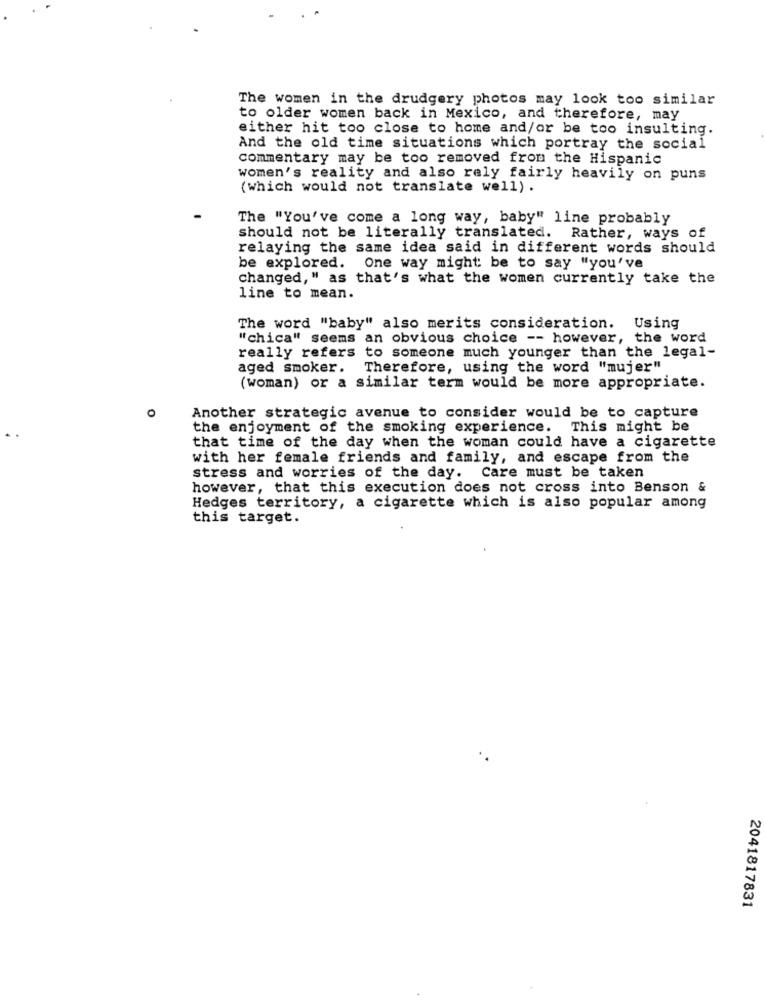
The women in the drudgery photos may look too similar
to older women back in Mexico, and therefore, may
either hit too close to home and/or be too insulting.
And the old time situations which portray the social
commentary may be too removed from the Hispanic
women's reality and also rely fairly heavily on puns
(which would not translate well) .
The "You've come a long way, baby" line probably
should not be literally translated. Rather, ways of
relaying the same idea said in different words should
be explored.
One way might be to say "you've
changed, " as that's what the women currently take the
line to mean.
The word "baby" also merits consideration. Using
"chica" seems an obvious choice -- however, the word
really refers to someone much younger than the legal-
aged smoker.
Therefore, using the word "mujer"
(woman) or a similar term would be more appropriate.
Another strategic avenue to consider would be to capture
the enjoyment of the smoking experience. This might be
that time of the day when the woman could have a cigarette
with her female friends and family, and escape from the
stress and worries of the day. Care must be taken
however, that this execution does not cross into Benson &
Hedges territory, a cigarette which is also popular among
this target.
2041817831